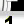
Digit: 1